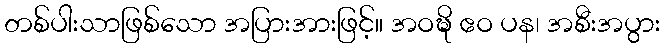
တစ်ပါးသာဖြစ်သော အပြားအားဖြင့်။ အဝဍ္ဎိ ဧဝ ပန၊ အစီးအပွား